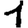
Digit: 1